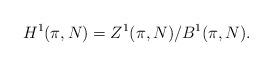
LaTeX: \begin{align*} H^1(\pi,N) = Z^1(\pi,N) / B^1(\pi,N).\end{align*}